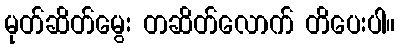
မုတ်ဆိတ်မွေး တဆိတ်လောက် တိပေးပါ။